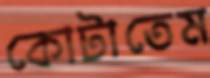
কোটাতেম